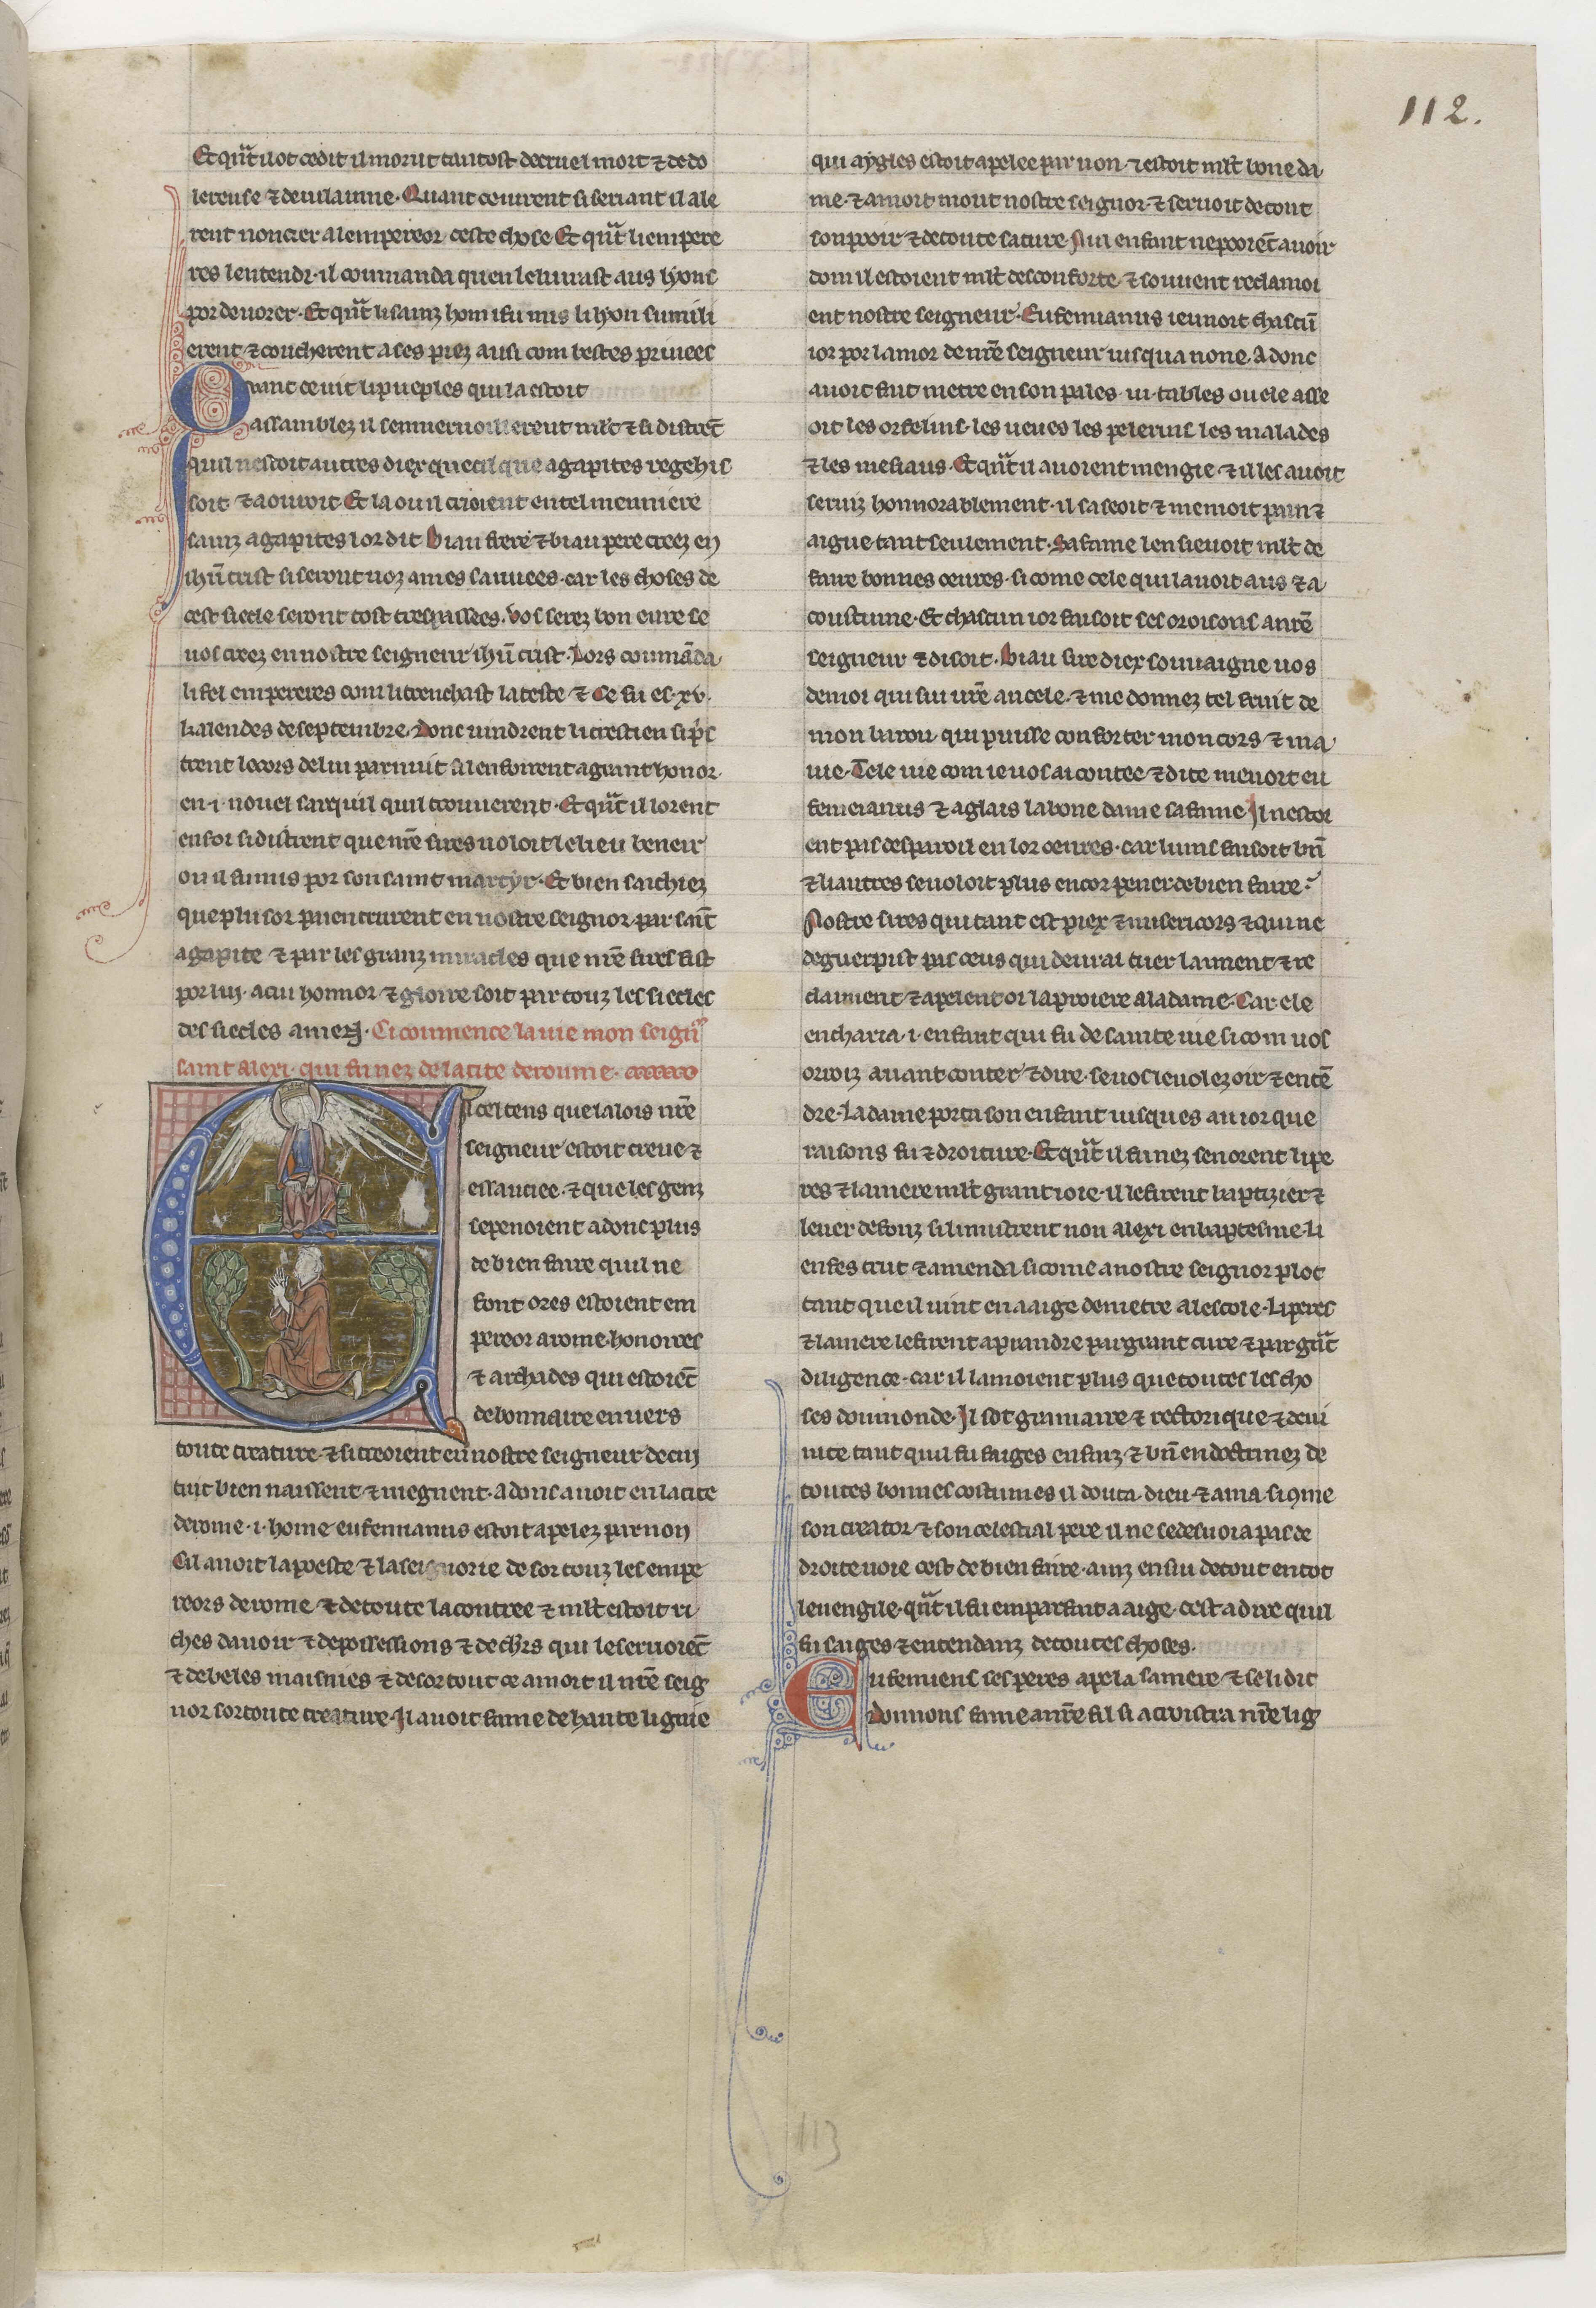
Shelfmark: Paris, BnF, NAF 23686
Century: 13